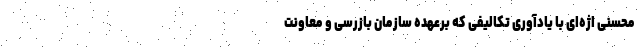
محسنی اژه‌ای با یادآوری تکالیفی که برعهده سازمان بازرسی و معاونت